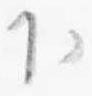
下